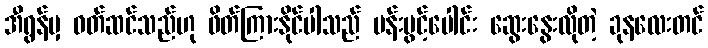
အီရွန်မှ ဝတ်ဆင်သည်ဟု ဖိတ်ကြားနိုင်ပါသည် ပန်းပွင့်ပေါင်း ဆွေးနွေးလိုတဲ့ ခုနလေးတင်